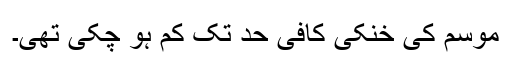
موسم کی خنکی کافی حد تک کم ہو چکی تھی۔